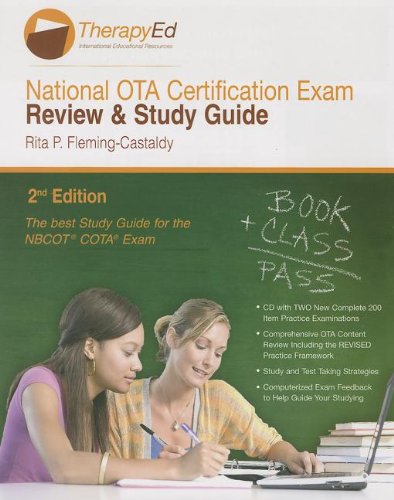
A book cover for National Occupational Therapy Assistant Certification Exam Review & Study Guide; Rita P. Fleming-Castaldy; Medical Books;